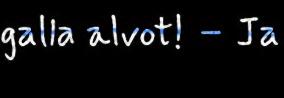
galla alvot! – Ja